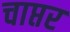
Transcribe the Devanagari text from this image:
चाप्तर